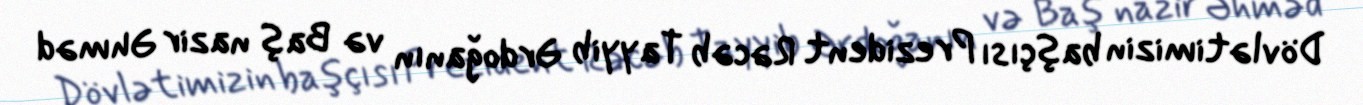
Dövlətimizin başçısı Prezident Rəcəb Tayyib Ərdoğanın və Baş nazir Əhməd